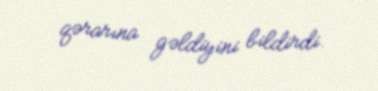
qərarına gəldiyini bildirdi.